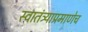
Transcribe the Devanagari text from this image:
स्वातंत्र्याप्रमाणेच